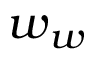
\boldsymbol { w } _ { w }